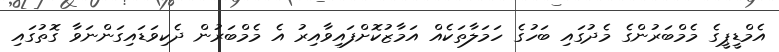
އެމްޑީޕީގެ މެމްބަރުންގެ މެދުގައި ބަހުގެ ހަމަލާތަކެއް އަމާޒުކޮށްފައިވާއިރު އެ މެމްބަރުން ދެކިވަޑައިގަންނަވާ ގޮތުގައި